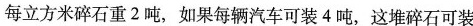
每立方米碎石重2吨，如果每辆汽车可装4吨，这堆碎石可装